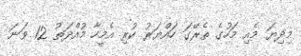
މިދިޔަ މެއި މަހުގެ ތެރޭގަ ހައްޔަރު ކުރި އެމީހާ މުއްދަތު 12 ވަނަ